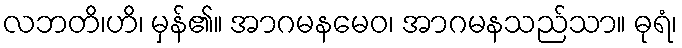
လဘတိ၊ဟိ၊ မှန်၏။ အာဂမနမေဝ၊ အာဂမနသည်သာ။ ဓုရံ၊